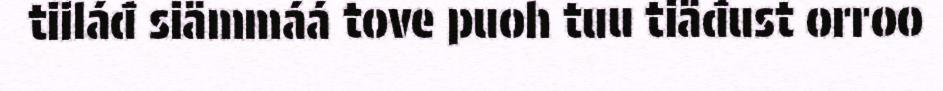
tiiláđ siämmáá tove puoh tuu tiäđust orroo